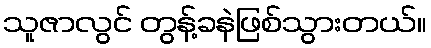
သူဇာလွင် တွန့်ခနဲဖြစ်သွားတယ်။